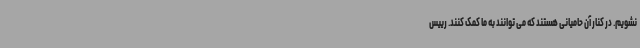
نشویم. در کنار آن حامیانی هستند که می توانند به ما کمک کنند. رییس